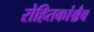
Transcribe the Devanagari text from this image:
रोहितकांश्चैव